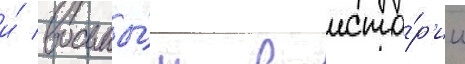
и́ восьмы́м в исто́р'ии